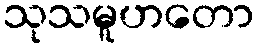
သုသမူဟတော